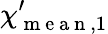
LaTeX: \mathbf{\chi}_{\mathrm{~m~e~a~n~},1}^{\prime}